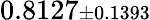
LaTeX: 0.8127{\scriptstyle\pm 0.1393}